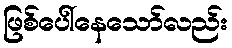
ဖြစ်ပေါ်နေသော်လည်း